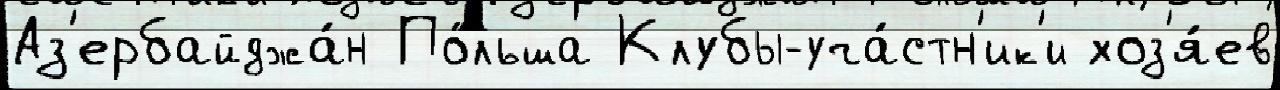
Аз'ербайджа́н По́льша Клубы-уча́стн'ик'и хоз'я́ев